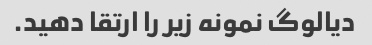
دیالوگ نمونه زیر را ارتقا دهید.